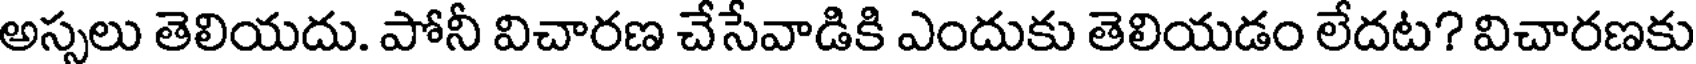
అస్సలు తెలియదు. పోనీ విచారణ చేసేవాడికి ఎందుకు తెలియడం లేదట? విచారణకు